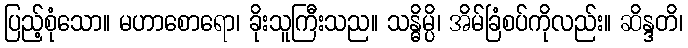
ပြည့်စုံသော။ မဟာစောရော၊ ခိုးသူကြီးသည။ သန္ဓိမ္ပိ၊ အိမ်ခြံစပ်ကိုလည်း။ ဆိန္ဒတိ၊